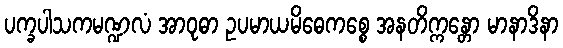
ပက္ခပါသကမဏ္ဍလံ အာဝုဓာ ဥပမာယမိဓေကစ္စေ အနတိက္ကန္တော မာနာဒိနာ